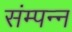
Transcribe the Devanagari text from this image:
संम्पन्न